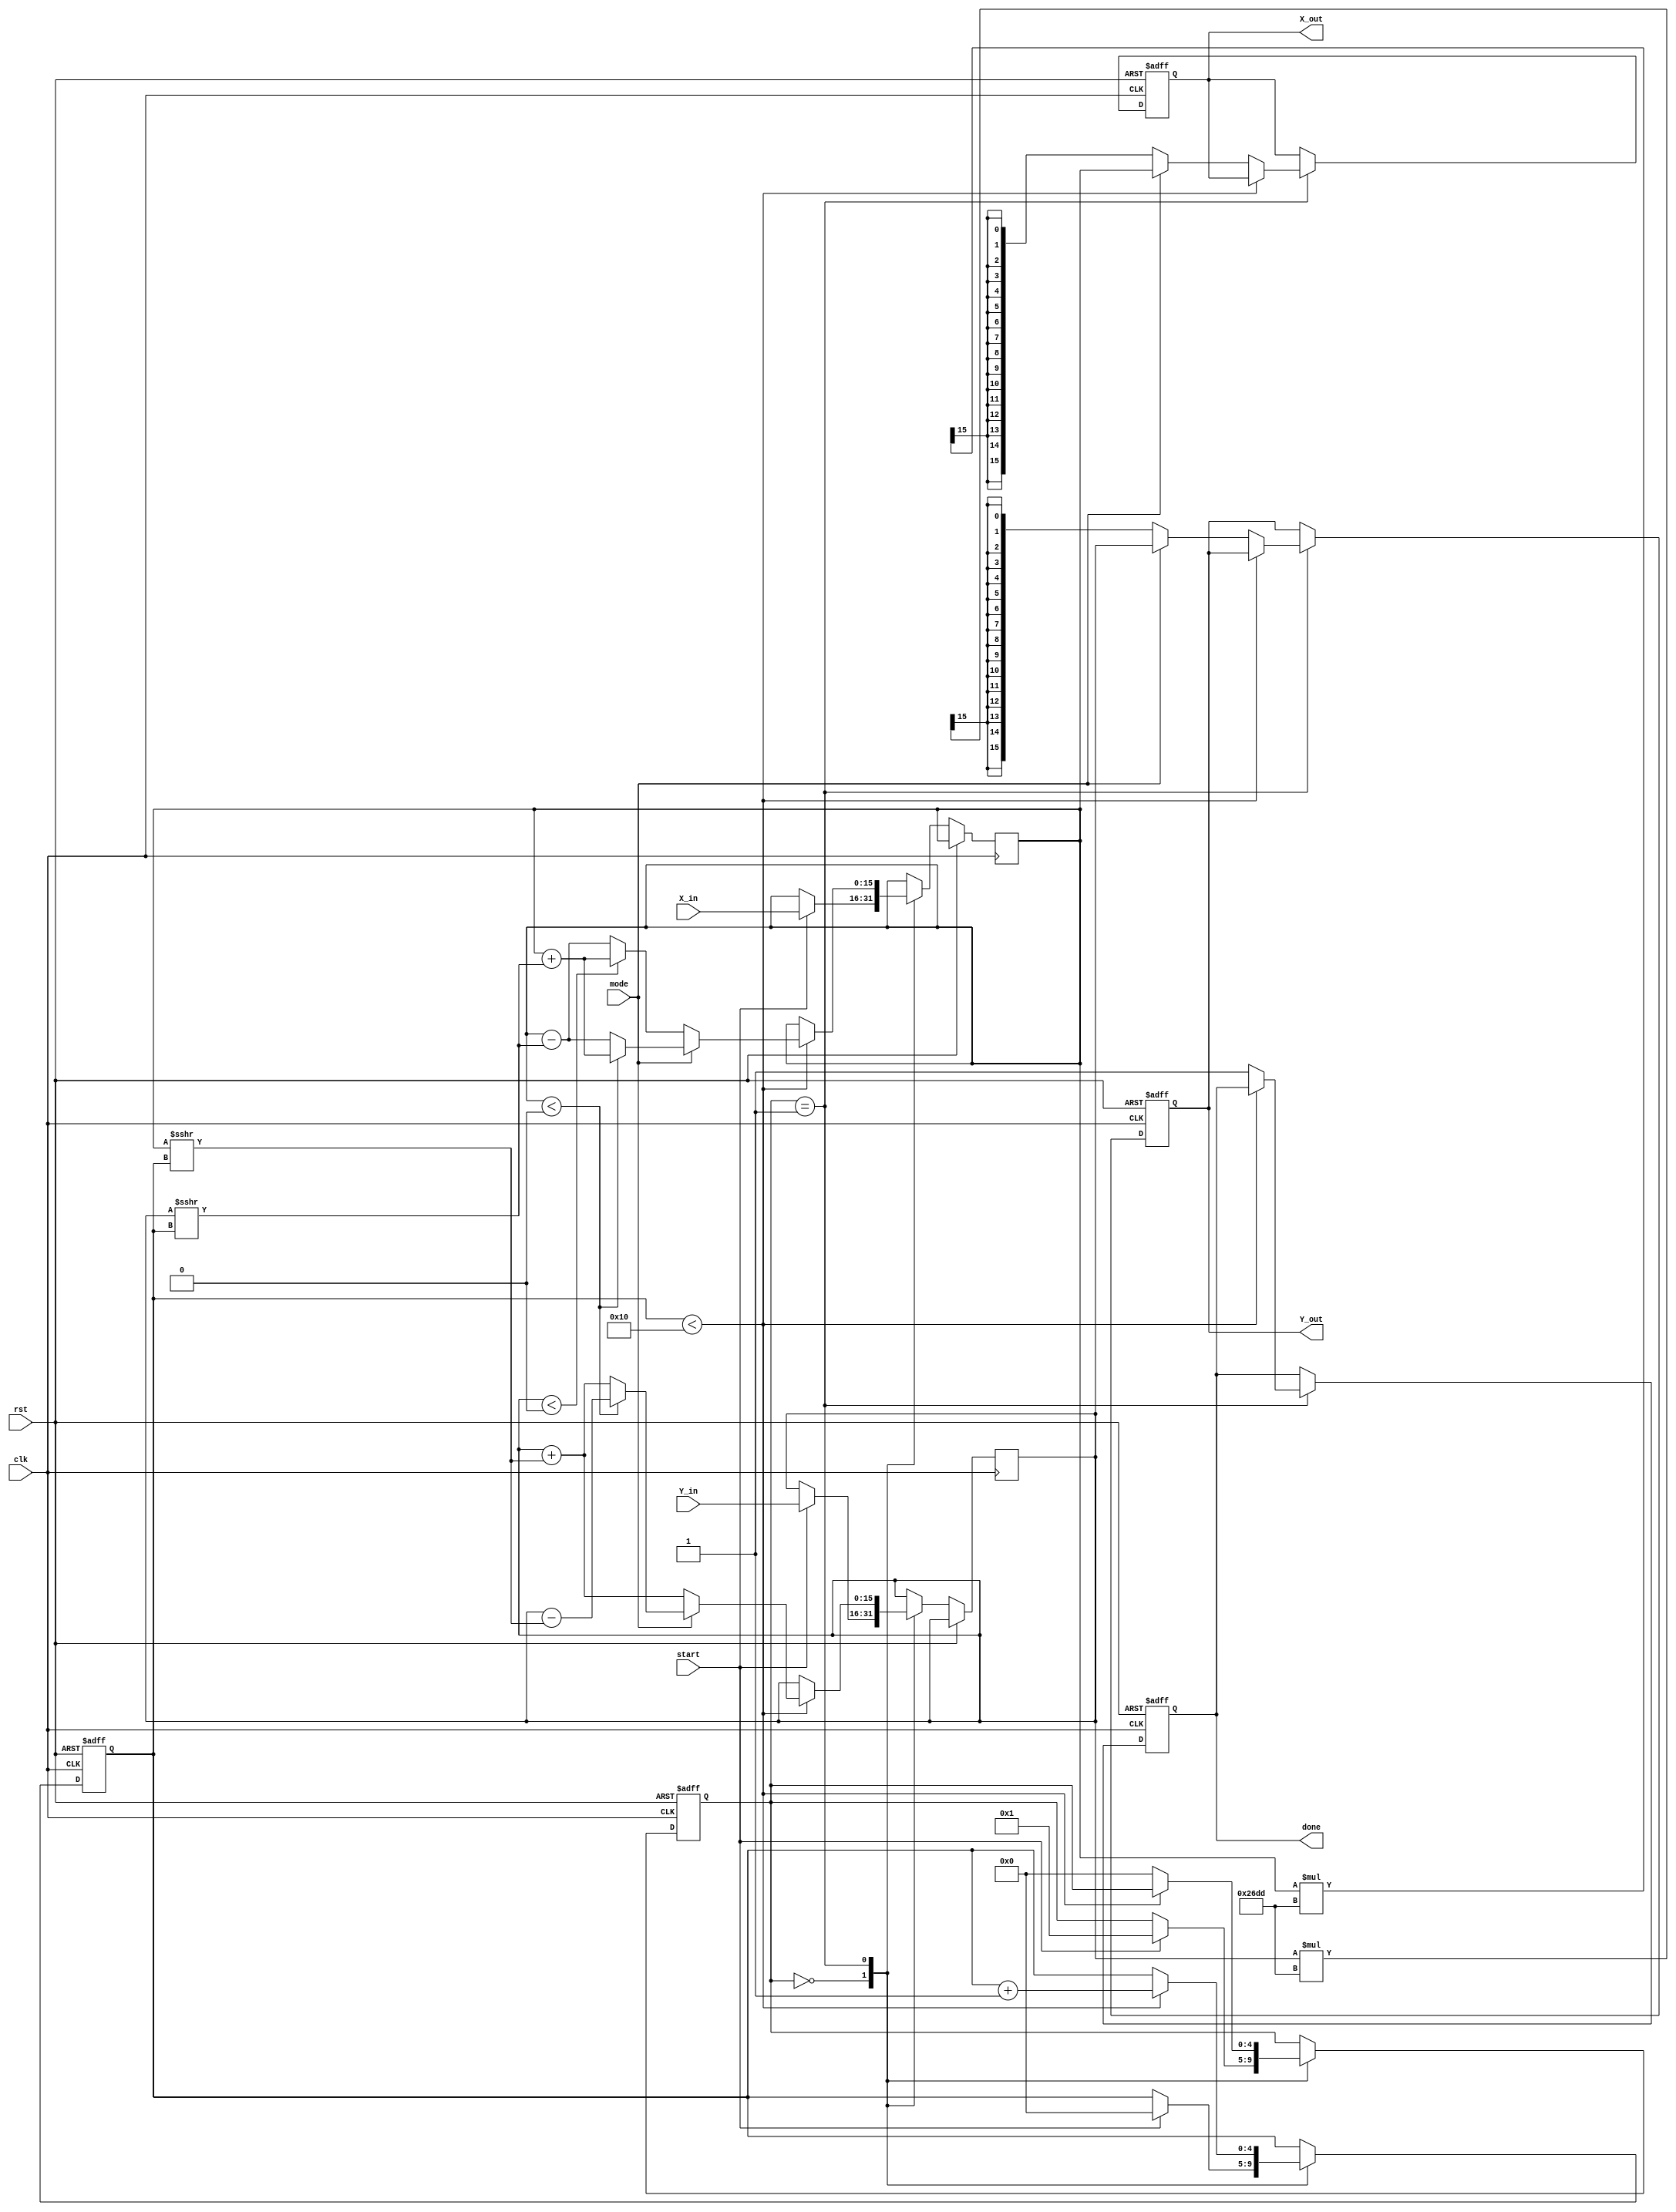
module complex_cordic #(
    parameter DATA_WIDTH = 16,
    parameter ITERATIONS = 16
)(
    input wire clk,
    input wire rst,
    input wire start,
    input wire mode, // 0 for rotation, 1 for vectoring
    input wire signed [DATA_WIDTH-1:0] X_in,
    input wire signed [DATA_WIDTH-1:0] Y_in,
    output reg signed [DATA_WIDTH-1:0] X_out,
    output reg signed [DATA_WIDTH-1:0] Y_out,
    output reg done
);

    // Internal registers
    reg signed [DATA_WIDTH-1:0] X_reg, Y_reg;
    reg signed [DATA_WIDTH-1:0] angle;
    reg [4:0] iteration_count; // Counter for iterations
    reg [4:0] state; // FSM state
    reg [DATA_WIDTH-1:0] atan_table [0:ITERATIONS-1]; // Lookup table for arctangent values
    reg signed [DATA_WIDTH-1:0] scaling_factor;

    // Initialize arctangent values and scaling factor
    initial begin
        atan_table[0] = 16'h3243; // atan(1/2^0)
        atan_table[1] = 16'h1DAC; // atan(1/2^1)
        atan_table[2] = 16'h0FAE; // atan(1/2^2)
        // ... Fill in the remaining values
        atan_table[15] = 16'h0001; // atan(1/2^15)
        
        scaling_factor = 16'h26DD; // Scaling factor for 16 iterations
    end

    // FSM for control
    always @(posedge clk or posedge rst) begin
        if (rst) begin
            state <= 0;
            done <= 0;
            iteration_count <= 0;
            X_out <= 0;
            Y_out <= 0;
        end else begin
            case (state)
                0: begin // Idle state
                    if (start) begin
                        X_reg <= X_in;
                        Y_reg <= Y_in;
                        iteration_count <= 0;
                        state <= 1; // Move to the next state
                    end
                end
                1: begin // Iteration state
                    if (iteration_count < ITERATIONS) begin
                        // Perform rotation or vectoring based on mode
                        if (mode == 0) begin // Rotation
                            if (Y_reg < 0) begin
                                X_reg <= X_reg + (Y_reg >>> iteration_count);
                                Y_reg <= Y_reg + (X_reg >>> iteration_count);
                            end else begin
                                X_reg <= X_reg - (Y_reg >>> iteration_count);
                                Y_reg <= Y_reg + (X_reg >>> iteration_count);
                            end
                        end else begin // Vectoring
                            if (X_reg < 0) begin
                                X_reg <= X_reg + (Y_reg >>> iteration_count);
                                Y_reg <= Y_reg - (X_reg >>> iteration_count);
                            end else begin
                                X_reg <= X_reg - (Y_reg >>> iteration_count);
                                Y_reg <= Y_reg + (X_reg >>> iteration_count);
                            end
                        end
                        iteration_count <= iteration_count + 1;
                    end else begin
                        // Apply scaling factor
                        if (mode == 0) begin
                            X_out <= X_reg * scaling_factor >>> 15;
                            Y_out <= Y_reg * scaling_factor >>> 15;
                        end else begin
                            X_out <= X_reg;
                            Y_out <= Y_reg;
                        end
                        done <= 1;
                        state <= 0; // Return to idle state
                    end
                end
            endcase
        end
    end

endmodule